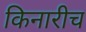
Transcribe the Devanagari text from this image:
किनारीच